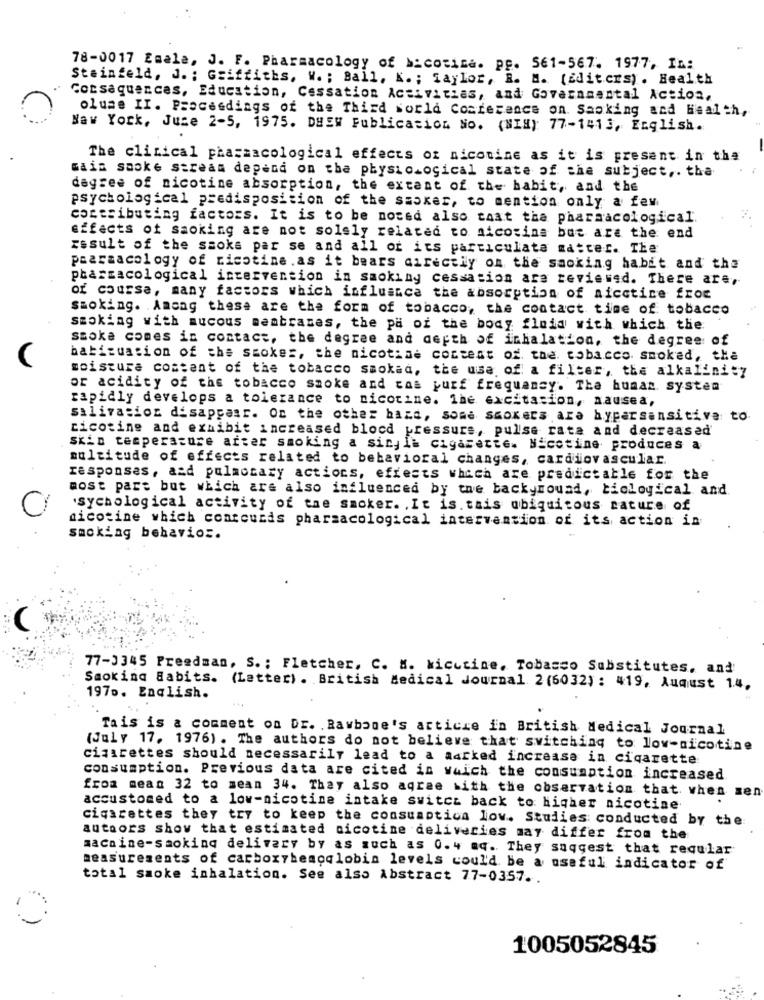
78-0017 Emale, J. F. Pharmacology of bicotica. pp. 561-567. 1977, In:
Steinfeld, J. ; Griffiths, W. ; Ball, K. ; Taylor, B. M. (Edit.crs). Health
Corsaquences, Education, Cessation Activities, and Govaraaantal Action,
olume II. Proceedings of the Third world Conference on. Saoking and Health,
Naw York, Juse 2-5, 1975. DHEW Publication No. (NIH) 77-1413, English.
The clinical pharmacological effects of nicotine as it is present in the
mais saoke stream depend on the physiological state of the subject ,. tha
degree of nicotine absorption, the extent of the habit, and the
psychological predisposition of the smoker, to mention only a few
cocesibuting factors. It is to be noted also taat tha pharmacological
effects of saoking are not solsly related to nicotina but are the end
result of the ssoks par se and all of its particulate matter. The
paarzacology of nicotine .as it bears directly on the sacking habit and the
pharmacological intervention in smoking cessation are reviewed. There are,
of course, many factors which influance the absorption of aicctice froc
smoking. Among these are the form of tobacco, the contact time of tobacco
smoking with mucous membranes, the pa of the body fluid with which the
smoke comes in contact, the degree and depth of inhalation, the degree of
babizuation of the smokes, the nicotine content of the. tobacco. smoked, tha
moisture costant of the tobacco smokad, the usa of a filter, the alkalinity
or acidity of the tobacco smoke and cas purf frequency. The human. system
rapidly develops a tolerance to nicotine. The excitation, nausea,
salivation disappear. On the other hand, some smokers ara byparsensitive to
cicotine and exhibit increased blocd pressure, pulse rate and decreased
SKID temperature arter smoking a sinyit cigarette. Nicotine produces a
multitude of effects related to behavioral changes, cardiovascular.
responses, azd pulmonary actions, effects which are predictable for the
most part but which are also influenced by the background, biological and.
O
'sychological activity of the smoker. , It is. tais ubiquitous cature of
nicotine which coarcucis pharmacological intervention of its action in
smoking behavior.
77-3345 Preedman, S. ; Fletcher, C. M. kicctine, Tobacco Substitutes, and
Smoking Habits. (Letter). British Medical Journal 2 (6032) : 419, August 1.4,
1970. English.
This is a comment on Dr. . Rawbone's article in British Medical Journal
(July 17. 1976) . The authors do not believe that switching to low-nicotine
cigarettes should necessarily lead to a aarked increase in cigarette
consumption. Previous data are cited in which the consumption increased
from mean 32 to mean 34. They also agree with the observation that when sen
accustomed to a low-nicotine intake switch back to higher nicotine
cigarettes they try to keep the consuaptica low. Studies conducted by the
authors show that estimated nicotine deliveries may differ from the
machine-smoking delivery by as much as 0.4 .q. They suggest that reqular
measurements of carboxyhemoglobin levels could be a useful indicator of
total smoke inhalation. See also Abstract 77-0357 ..
1005052845